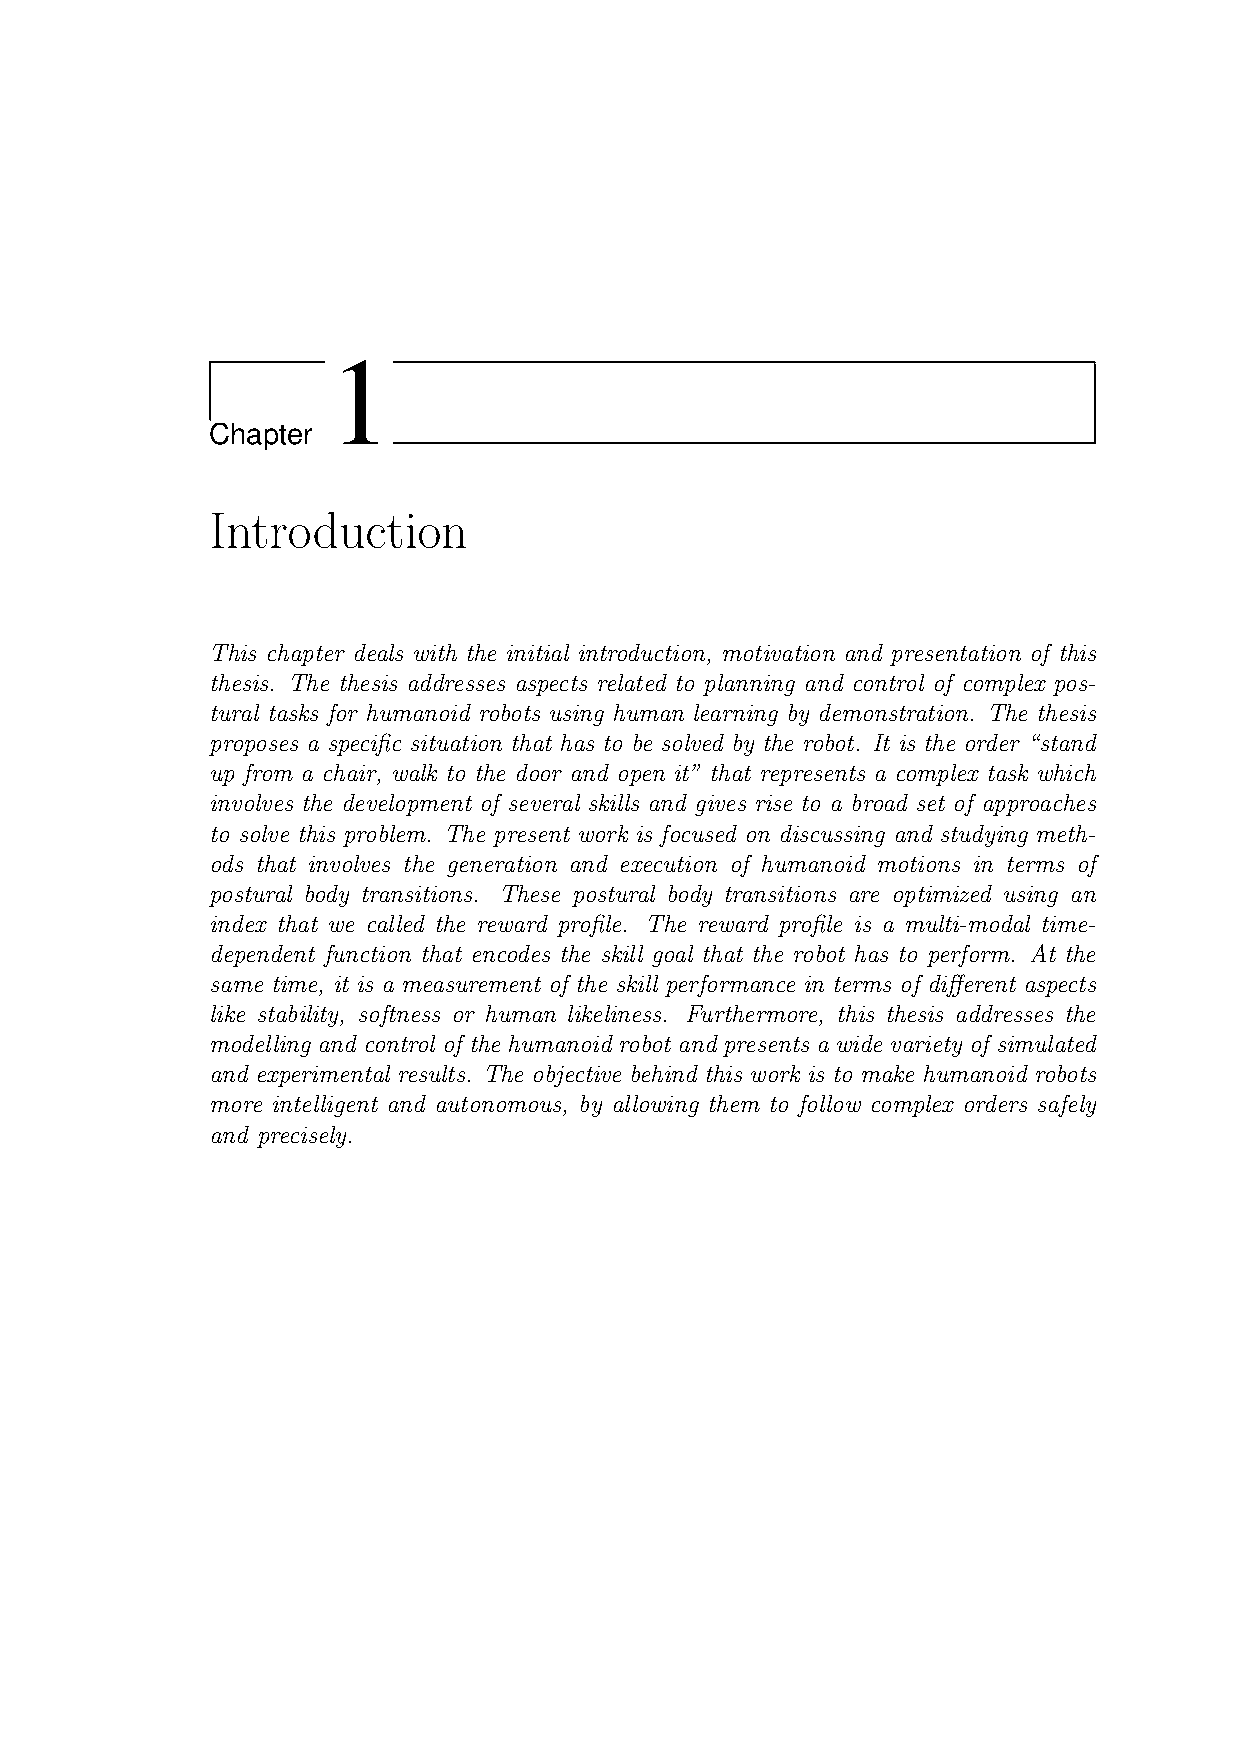
1
 Chapter
 Introduction
 This chapter deals with the initial introduction, motivation and presentation of this
 thesis. The thesis addresses aspects related to planning and control of complex pos-
 tural tasks for humanoid robots using human learning by demonstration. The thesis
 proposes a specific situation that has to be solved by the robot. It is the order “stand
 up from a chair, walk to the door and open it” that represents a complex task which
 involves the development of several skills and gives rise to a broad set of approaches
 to solve this problem. The present work is focused on discussing and studying meth-
 ods that involves the generation and execution of humanoid motions in terms of
 postural body transitions. These postural body transitions are optimized using an
 index that we called the reward profile. The reward profile is a multi-modal time-
 dependent function that encodes the skill goal that the robot has to perform. At the
 same time, it is a measurement of the skill performance in terms of different aspects
 like stability, softness or human likeliness. Furthermore, this thesis addresses the
 modelling and control of the humanoid robot and presents a wide variety of simulated
 and experimental results. The objective behind this work is to make humanoid robots
 more intelligent and autonomous, by allowing them to follow complex orders safely
 and precisely.